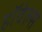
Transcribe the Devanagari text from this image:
हॉवेल्स